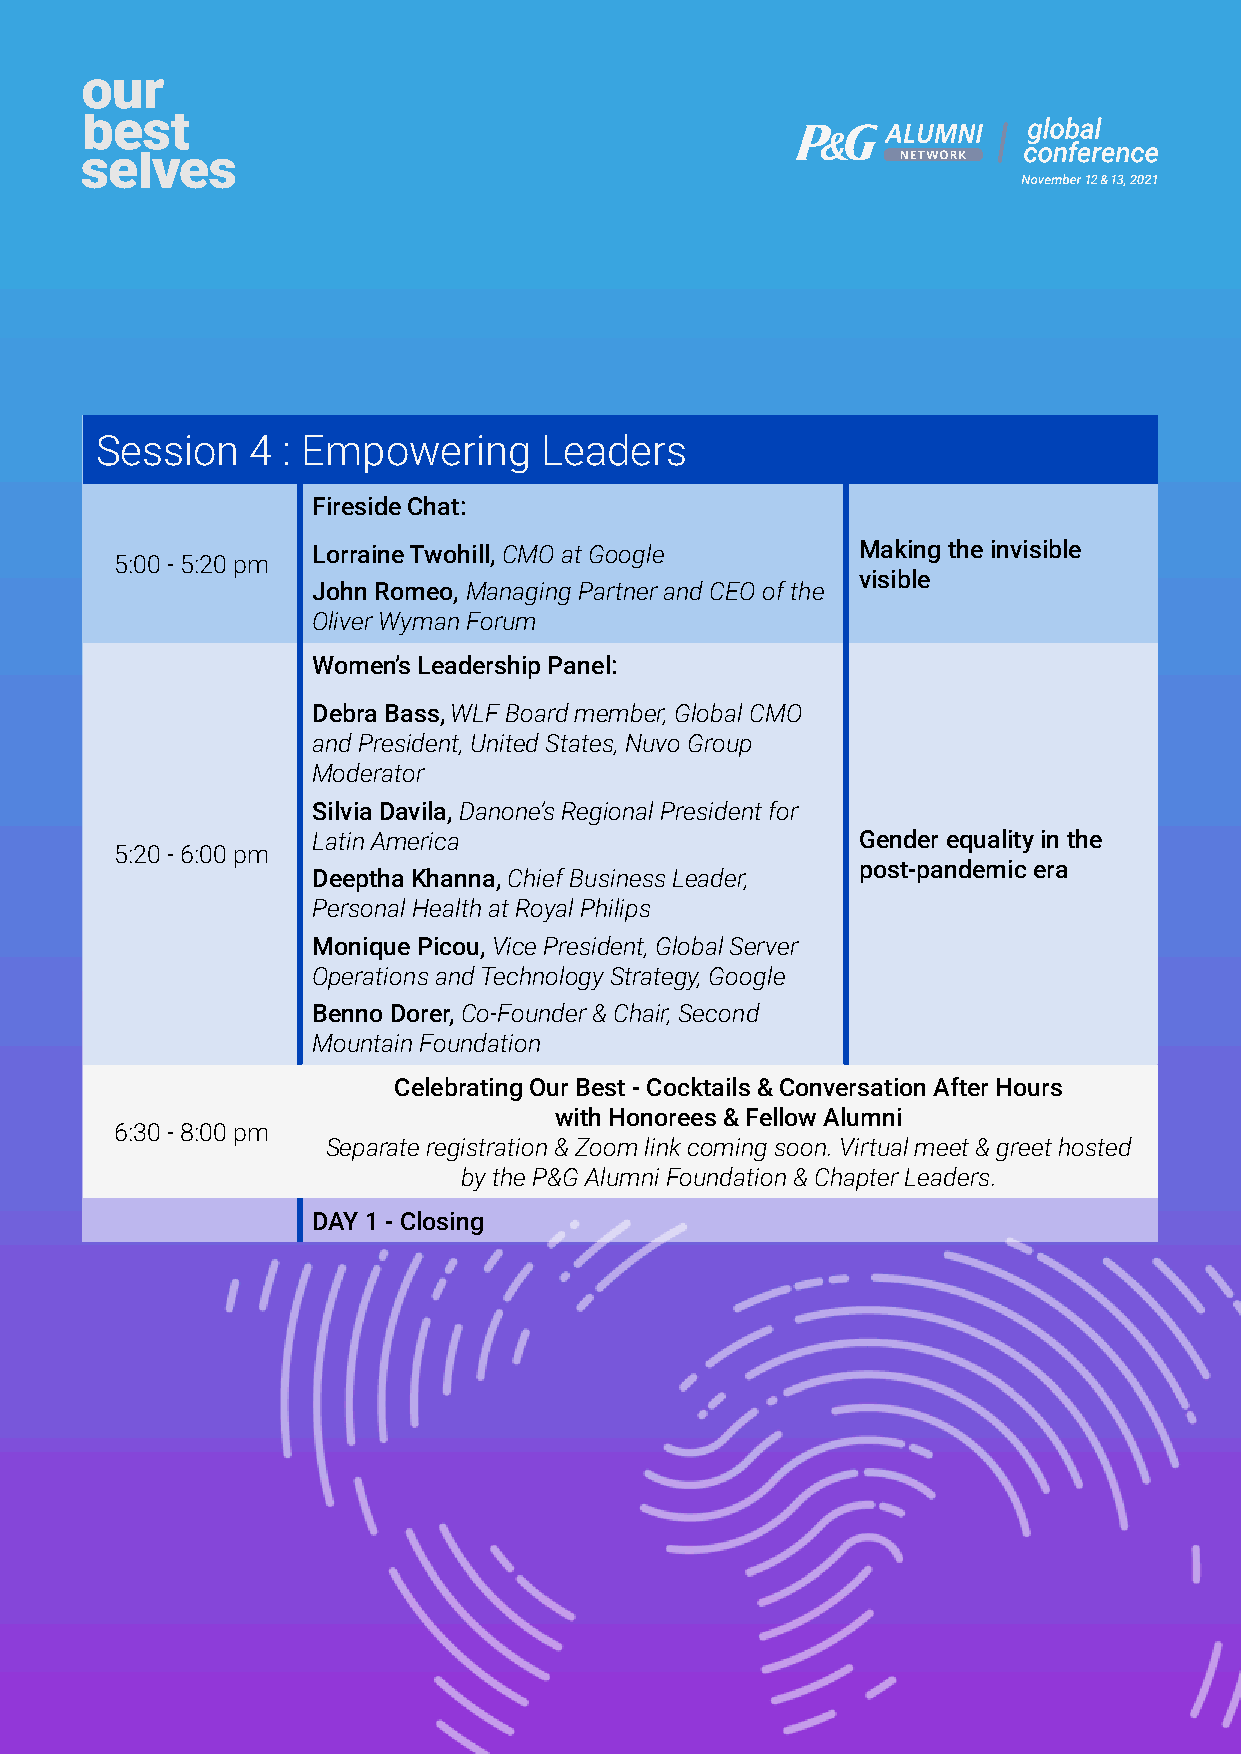
Session    4 : Empowering     Leaders
 Fireside Chat:
 Lorraine Twohill, CMO at Google     Making the invisible
 5:00 - 5:20 pm
 visible
 John Romeo, Managing Partner and CEO of the
 Oliver Wyman Forum
 Women’s Leadership Panel:
 Debra Bass, WLF Board member, Global CMO
 and President, United States, Nuvo Group
 Moderator
 Silvia Davila, Danone’s Regional President for
 Latin America                       Gender equality in the
 5:20 - 6:00 pm
 post-pandemic era
 Deeptha Khanna, Chief Business Leader,
 Personal Health at Royal Philips
 Monique Picou, Vice President, Global Server
 Operations and Technology Strategy, Google
 Benno Dorer, Co-Founder & Chair, Second
 Mountain Foundation
 Celebrating Our Best - Cocktails & Conversation After Hours
 with Honorees & Fellow Alumni
 6:30 - 8:00 pm
 Separate registration & Zoom link coming soon. Virtual meet & greet hosted
 by the P&G Alumni Foundation & Chapter Leaders.
 DAY 1 - Closing
 Program is subject to changes without further notice.